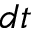
d t